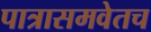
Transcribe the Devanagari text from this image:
पात्रासमवेतच